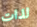
لذات